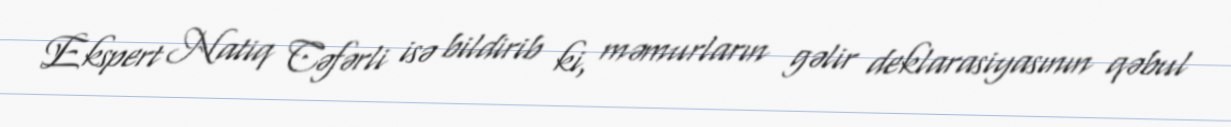
Ekspert Natiq Cəfərli isə bildirib ki, məmurların gəlir deklarasiyasının qəbul